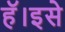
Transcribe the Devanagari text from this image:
हॅ।इसे